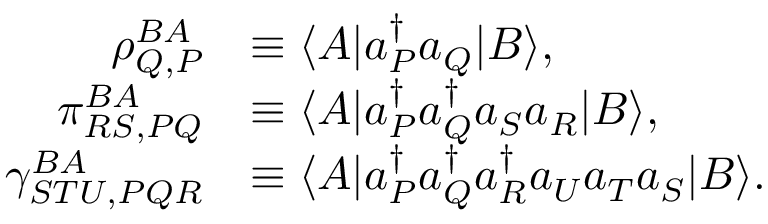
\begin{array} { r l } { \rho _ { Q , P } ^ { B A } } & { \equiv \langle A | a _ { P } ^ { \dagger } a _ { Q } | B \rangle , } \\ { \pi _ { R S , P Q } ^ { B A } } & { \equiv \langle A | a _ { P } ^ { \dagger } a _ { Q } ^ { \dagger } a _ { S } a _ { R } | B \rangle , } \\ { \gamma _ { S T U , P Q R } ^ { B A } } & { \equiv \langle A | a _ { P } ^ { \dagger } a _ { Q } ^ { \dagger } a _ { R } ^ { \dagger } a _ { U } a _ { T } a _ { S } | B \rangle . } \end{array}